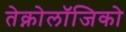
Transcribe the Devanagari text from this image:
तेक्नोलॉजिको